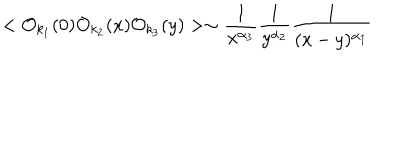
LaTeX: < { \cal O } _ { k _ { 1 } } ( 0 ) { \cal O } _ { k _ { 2 } } ( x ) { \cal O } _ { k _ { 3 } } ( y ) > \sim \frac { 1 } { x ^ { \alpha _ { 3 } } } \frac { 1 } { y ^ { \alpha _ { 2 } } } \frac { 1 } { ( x - y ) ^ { \alpha _ { 1 } } }